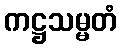
ကဋ္ဌသမ္မတံ